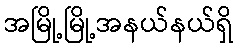
အမြို့မြို့အနယ်နယ်ရှိ